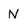
Character: N